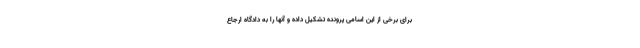
برای برخی از این اسامی پرونده تشکیل داده و آنها را به دادگاه ارجاع